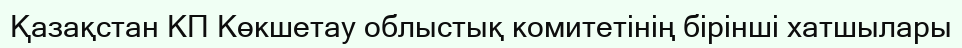
Қазақстан КП Көкшетау облыстық комитетінің бірінші хатшылары